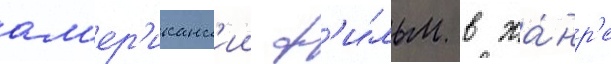
ам'ер'иканск'ии ф'и́льм в жа́нр'е